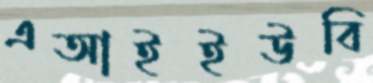
এআইইউবি